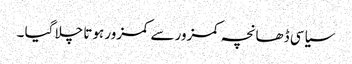
سیاسی ڈھانچہ کمزور سے کمزور ہوتا چلا گیا ۔